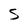
Character: S